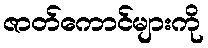
ဇာတ်ကောင်များကို